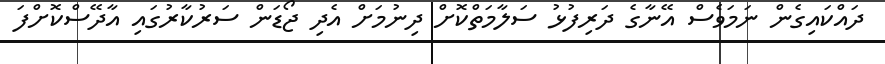
ދަައްކައިގެން ނަމަވެސް އޭނާގެ ދަރިފުޅު ސަލާމަތްކޮށް ދިނުމަށް އެދި ޖޯޑަން ސަރުކާރުގައި އާދޭސްކޮށްފަ